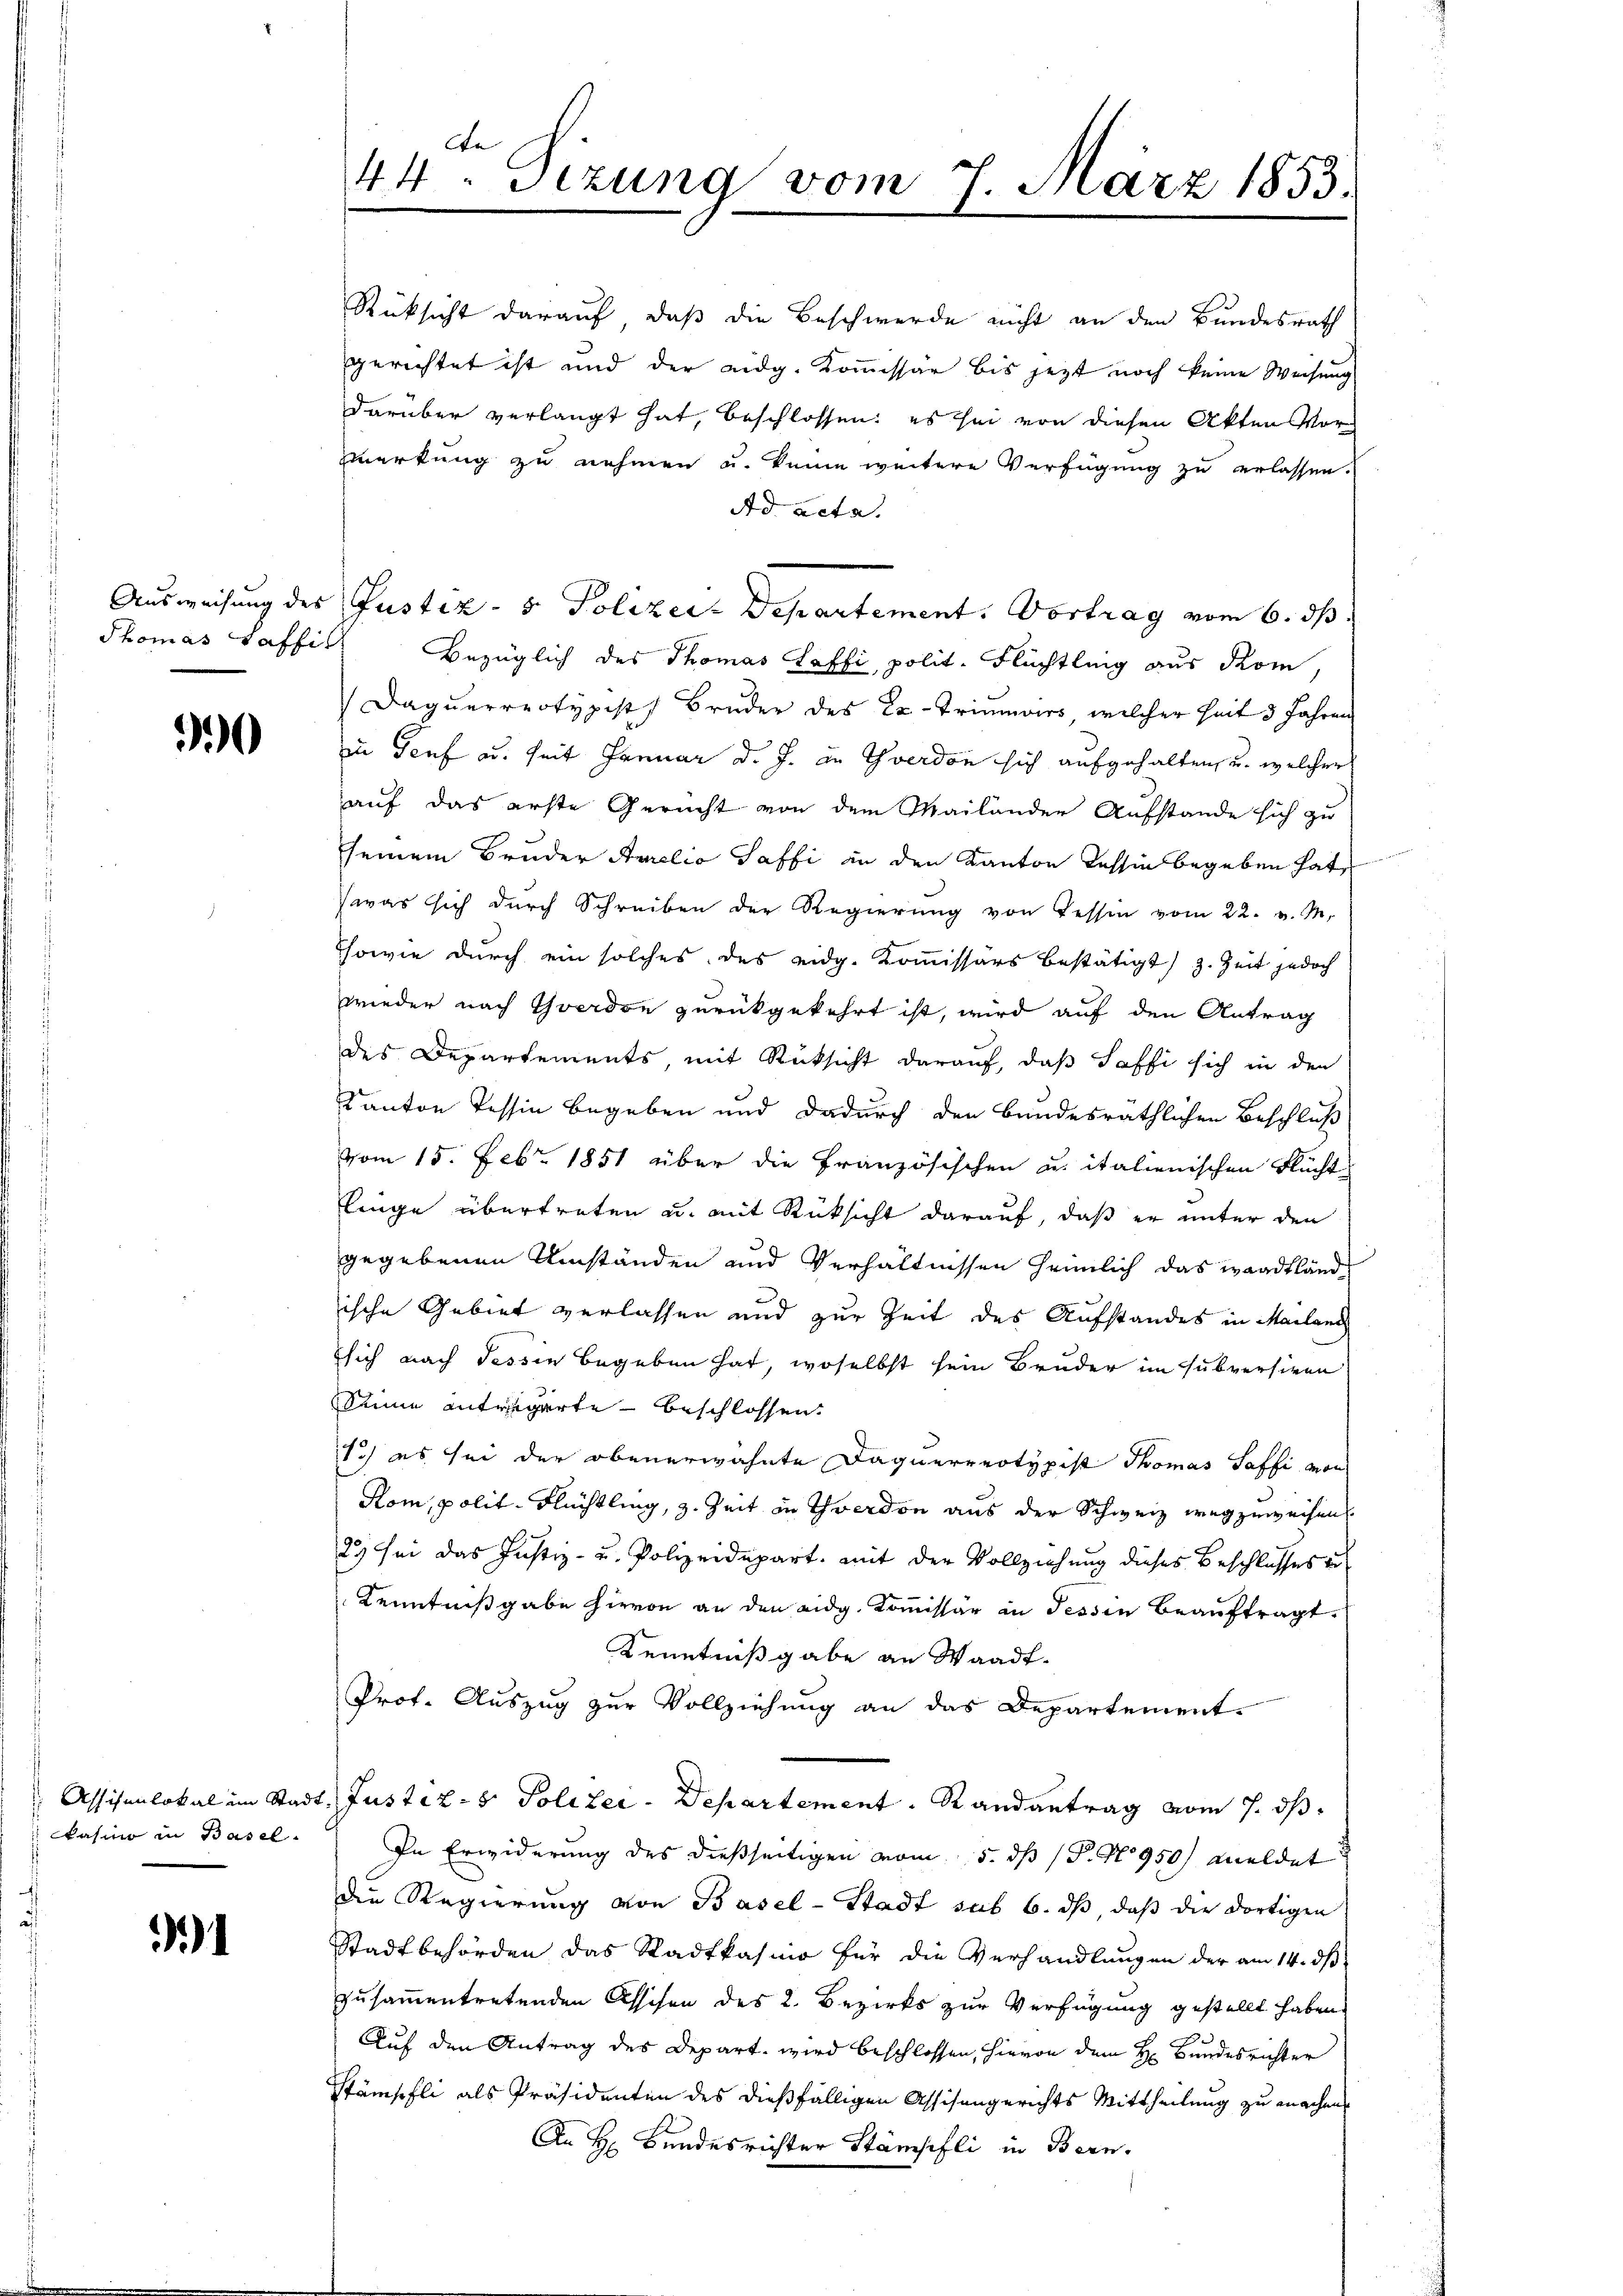
0

Assisenlokal im Stadkasino in Basel.

31

de
44. Sizung vom 7. März 1853.

Rücksicht darauf, daß die Beschwerde nicht an den Bundesrath
gerichtet ist und der eidg. Kommissär bis jezt noch keine Weisung
darüber verlangt hat, beschlossen: es sei von diesen Akten Mormerkung zu nehmen u. keine weitere Verfügung zu erlassen.
Ad acta.
Thomas Kaffil. Bezüglich des Thomas affi, polit. Flüchtling aus Rom,
Daquerreotypist Bruder des Ex- Triumoirs, welcher Zeit 3 Jahren
in Genf aus seit Januar d. J. in Yverdon sich aufgehalten, u. welcher
auf das erste Gericht von dem Mailänder Aufstande sich zu
seinem Bruder Aurelio Saffi in den Kanton Tessin begeben hat,
was sich durch Schreiben der Regierŭng von Tessin vom 22. v. M.
Thowie durch ein solches des eidg. Kommissärs bestätigt, z. Zeit jedoch
wieder nach verdon zurückgekehrt ist, wird auf den Antrag
des Departements, mit Rücksicht darauf, daß Saffi sich in den
Kanton Tessin begeben und dadurch den bundesräthlichen Beschluß
vom 15. Febr. 1851 über die Französischen u. italienischen Flucht
linge übertreten u. mit Rücksicht darauf, daß er unter den
gegebenen Umständen und Verhältnissen heimlich das Waadtländ
ische Gebiet verlassen und zur Zeit des Aufstandes in Mailand
sich nach Tessin begeben hat, woselbst sein Bruder im Subversiren
Sinne anträgerte – beschlossen.
1.) es sei der obenerwähnte Daquerreotypist Thomas Saffi von
Kom, polit. Flüchtling, z. Zeit in Yverdon aus der Schweiz wegzuweisen.
23) sei das Justiz- u. Polizeidepart, mit der Vollziehung dieses Beschlusses un
 Kenntnißgabe hievon an den eidg. Kommissär in dessen beauftragt,
Kenntnißgabe an Waadt.
Prof. Auszug zur Vollziehung an das Departement.
t. Justiz- & Polizei-Departement. Randantrag vom 7. ds.
In Erwiderung des dießseitigen vom 5. ds P. Nr. 950 meldet
die Regierung von Basel-Stadt sub 6. dβ, daβ die dortigen
Stadtbehörden das Stadtkasino für die Verhandlungen der am 14. dβ
zusammentretenden Assison des 2. Bezirks zur Verfügung gestellt haben.
Auf den Antrag des Depart wird beschlossen, hievon dem H. Bundesrichter
Stämpfli als Präsidenten des dießfälligen Assisengerichts Mittheilung zu machen
An Hr. Bundesrichter Stämsifli in Bern.

Ausweisung des Justiz- & Polizer-Departement. Vortrag vom 6. ds.